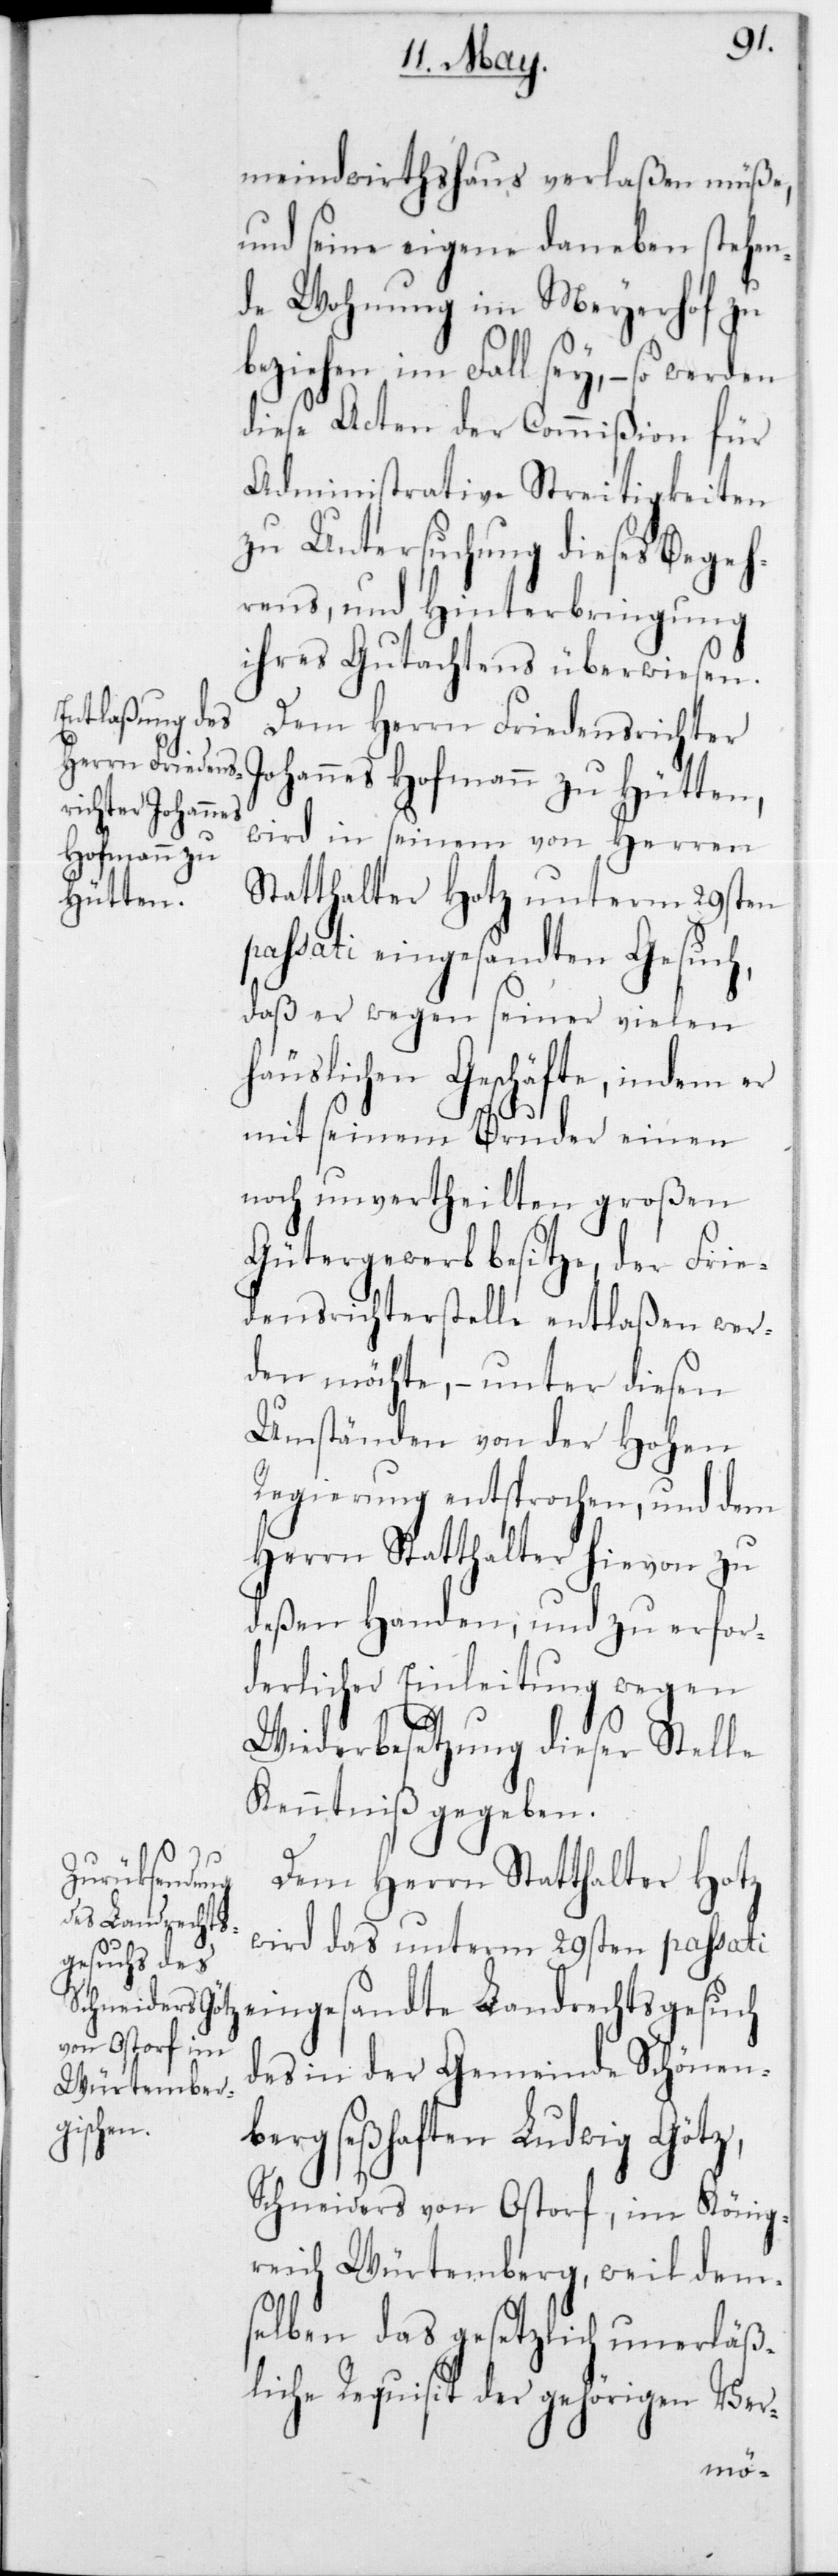
meindswirthshaus verlaßen müße,
und seine eigene daneben stehen¬
de Wohnung im Meyerhof zu
beziehen im Fall sey, – so werden
diese Acten der Commißion für
Administrative Streitigkeiten
zu Untersuchung dieses Begeh¬
rens, und Hinterbringung
ihres Gutachtens überwiesen.
Dem Herrn Friedensrichter
Johannes Hofmann zu Hütten,
wird in seinem von Herren
Statthalter Hotz unterm 29sten
passati eingesandten Gesuch,
daß er wegen seiner vielen
häuslichen Geschäfte, indem er
mit seinem Bruder einen
noch unvertheilten großen
Gütergewerb besitze, der Frie¬
densrichterstelle entlaßen wer¬
den möchte, – unter diesen
Umständen von der Hohen
Regierung entsprochen, und dem
Herrn Statthalter hievon zu
deßen Handen, und zu erfor¬
derlicher Einleitung wegen
Wiederbesetzung dieser Stelle
Kenntniß gegeben.
Dem Herrn Statthalter Hotz
wird das unterm 29sten passati
eingesandte Landrechtsgesuch
des in der Gemeinde Schönen¬
berg seßhaften Ludwig Götz,
Schneiders von Ostorf, im König¬
reich Würtemberg, weil dem¬
selben das gesetzlich unerläß¬
liche Requisit der gehörigen Ver-